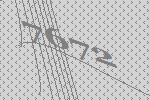
7672